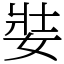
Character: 娤